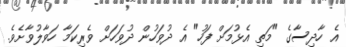
އެ ހާދިސާގެ "މަތި އެޅުމަށް ފަހު" އެ ދުވަހުން ދުވަހަށް ވެރިކަމާ ހަވާލުވާށެވެ.